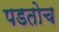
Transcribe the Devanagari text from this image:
पडतोच